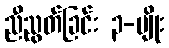
ညီညွတ်ခြင်း ၃-မျိုး